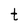
Character: t